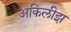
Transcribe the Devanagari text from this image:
अकिलीझ